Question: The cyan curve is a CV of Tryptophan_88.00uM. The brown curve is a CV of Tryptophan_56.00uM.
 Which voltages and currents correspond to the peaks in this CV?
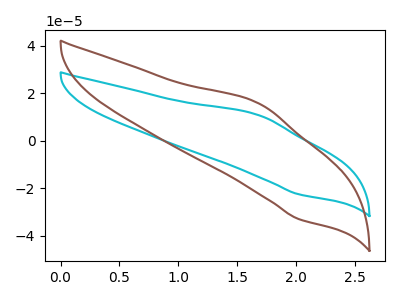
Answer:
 <answer>The cyan curve "Tryptophan_88.00uM" has an anodic peak at (1.70V, 10.75uA) and a cathodic peak at (2.00V, -22.55uA). The brown curve "Tryptophan_56.00uM" has an anodic peak at (1.70V, 15.70uA) and a cathodic peak at (2.00V, -32.95uA).</answer>
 <eval></eval>